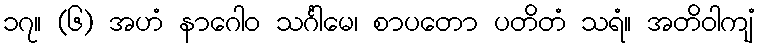
၁၇။ (၆) အဟံ နာဂေါဝ သင်္ဂါမေ၊ စာပတော ပတိတံ သရံ။ အတိဝါကျံ